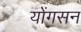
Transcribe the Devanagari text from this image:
योंगसन